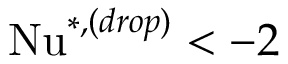
\mathrm { N u } ^ { * , ( d r o p ) } < - 2